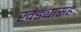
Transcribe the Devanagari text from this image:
खंड्यासह